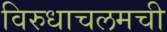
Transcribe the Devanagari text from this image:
विरुधाचलमची